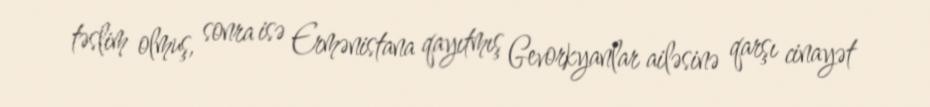
təslim olmuş, sonra isə Ermənistana qayıtmış Gevorkyanlar ailəsinə qarşı cinayət